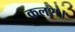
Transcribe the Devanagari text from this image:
कलश।